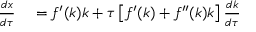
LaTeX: \begin{array} { r l } { { \frac { d x } { d \tau } } } & { { } = f ^ { \prime } ( k ) k + \tau \left[ f ^ { \prime } ( k ) + f ^ { \prime \prime } ( k ) k \right] { \frac { d k } { d \tau } } } \end{array}